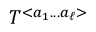
{ \cal T } ^ { < a _ { 1 } . . . a _ { \ell } > }